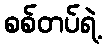
စစ်တပ်ရဲ့